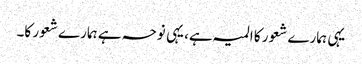
یہی ہمارے شعور کا المیہ ہے، یہی نوحہ ہے ہمارے شعور کا۔